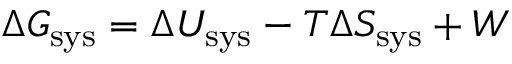
\Delta G _ { \mathrm { s y s } } = \Delta U _ { \mathrm { s y s } } - T \Delta S _ { \mathrm { s y s } } + W